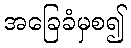
အခြေခံမှစ၍